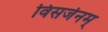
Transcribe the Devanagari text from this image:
विसर्जनम्